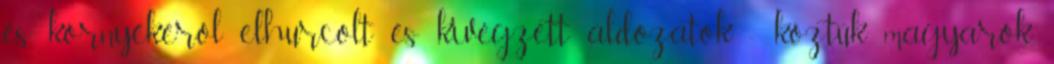
és környékéről elhurcolt és kivégzett áldozatok - köztük magyarok,